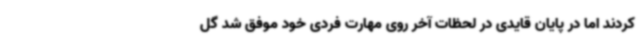
کردند اما در پایان قایدی در لحظات آخر روی مهارت فردی خود موفق شد گل